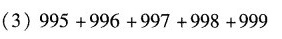
(3)$$995 + 996 + 997 + 998 + 999$$